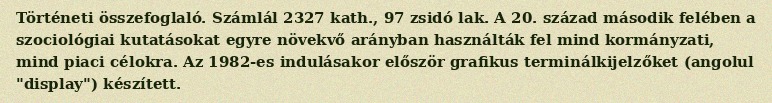
Történeti összefoglaló. Számlál 2327 kath., 97 zsidó lak. A 20. század második felében a szociológiai kutatásokat egyre növekvő arányban használták fel mind kormányzati, mind piaci célokra. Az 1982-es indulásakor először grafikus terminálkijelzőket (angolul "display") készített.